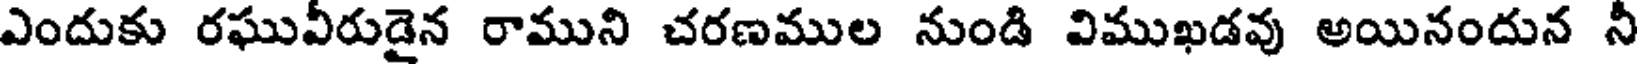
ఎందుకు రఘువీరుడైన రాముని చరణముల నుండి విముఖడవు అయినందున నీ